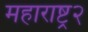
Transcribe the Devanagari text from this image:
महाराष्ट्र२